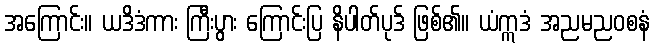
အကြောင်း။ ယဒိဒံကား ကြီးပွား ကြောင်းပြ နိပါတ်ပုဒ် ဖြစ်၏။ ယံဣဒံ အညမညဝစနံ